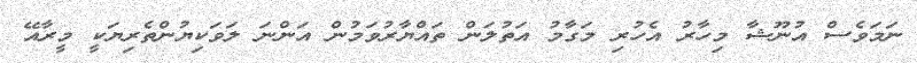
ނަމަވެސް އުނޫޝާ މިހާރު އެހުރި މަގާމު އަތުލަން ތައްޔާރުވަމުން އަންނަ ލަވަކިޔުންތެރިޔަކީ މީރާއޭ